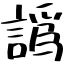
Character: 譌